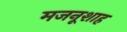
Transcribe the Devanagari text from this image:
मजनूशाह